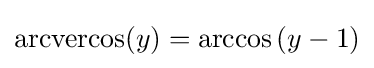
\operatorname {arcvercos} (y)=\arccos \left(y-1\right)